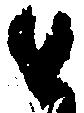
と